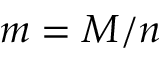
m = M / n